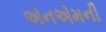
એનએમની